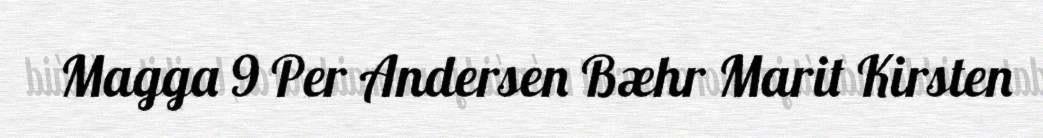
Magga 9 Per Andersen Bæhr Marit Kirsten